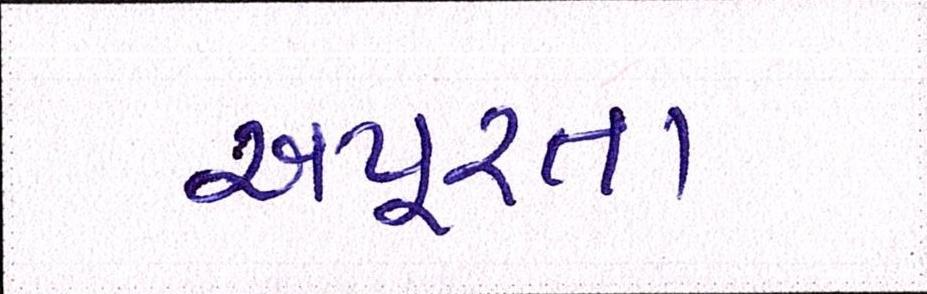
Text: અપૂરતા